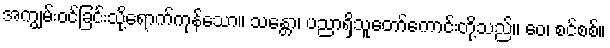
အကျွမ်းဝင်ခြင်းသို့ရောက်ကုန်သော။ သန္တော၊ ပညာရှိသူတော်ကောင်းတို့သည်။ ဝေ၊ စင်စစ်။